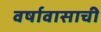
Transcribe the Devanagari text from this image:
वर्षावासाची